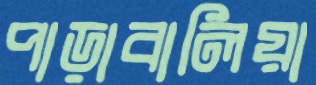
পাড়াবালিয়া